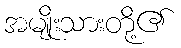
အမျိုးသားတို့၏